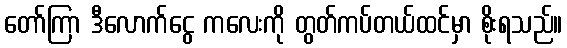
တော်ကြာ ဒီလောက်ငွေ ကလေးကို တွတ်ကပ်တယ်ထင်မှာ စိုးရသည်။